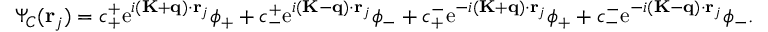
\Psi _ { C } ( \mathbf { r } _ { j } ) = c _ { + } ^ { + } \mathrm { e } ^ { i ( \mathbf { K } + \mathbf { q } ) \cdot \mathbf { r } _ { j } } \phi _ { + } + c _ { - } ^ { + } \mathrm { e } ^ { i ( \mathbf { K } - \mathbf { q } ) \cdot \mathbf { r } _ { j } } \phi _ { - } + c _ { + } ^ { - } \mathrm { e } ^ { - i ( \mathbf { K } + \mathbf { q } ) \cdot \mathbf { r } _ { j } } \phi _ { + } + c _ { - } ^ { - } \mathrm { e } ^ { - i ( \mathbf { K } - \mathbf { q } ) \cdot \mathbf { r } _ { j } } \phi _ { - } .